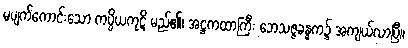
မပျက်ကောင်းသော ကပ္ပိယကုဋိ မည်၏၊ အဋ္ဌကထာကြီး ဘေသဇ္ဇခန္ဓက၌ အကျယ်လာပြီ။